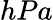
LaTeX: hPa